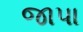
જાપા